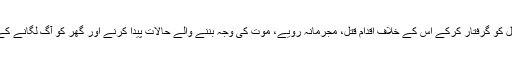
پولیس نے پیر کے روز 29 سالہ تیجا رسل کو گرفتار کرکے اس کے خلاف اقدام قتل، مجرمانہ رویے، موت کی وجہ بننے والے حالات پیدا کرنے اور گھر کو آگ لگانے کے الزامات کے تحت مقدمہ درج کرلیا ہے۔